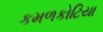
કમળકોટિયા